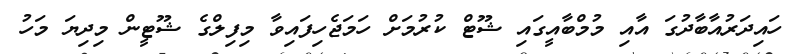
ހައިދަރުއާބާދުގަ އާއި މުމްބާއީގައި ޝޫޓް ކުރުމަށް ހަމަޖެހިފައިވާ މިފިލްގެ ޝޫޓީން މިދިޔަ މަހު